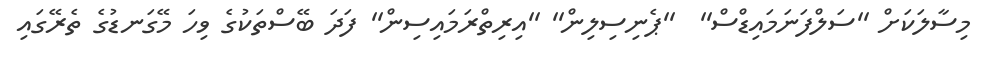
މިސާލަކަށް ''ސަލްފަނަމައިޑްސް''  ''ޕެނިސިލިން'' ''އިރިތްރަމައިސިން'' ފަދަ ބޭސްތަކުގެ ވިހަ މޭގަނޑުގެ ތެރޭގައި